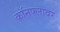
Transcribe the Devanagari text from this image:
कॉनफ्लावर